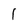
Character: 1